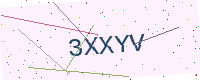
Text: 3XXYV